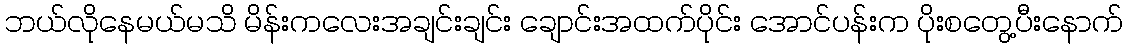
ဘယ်လိုနေမယ်မသိ မိန်းကလေးအချင်းချင်း ချောင်းအထက်ပိုင်း အောင်ပန်းက ပိုးစတွေ့ပီးနောက်